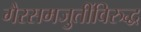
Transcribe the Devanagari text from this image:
गैरसमजुतींविरुद्ध